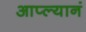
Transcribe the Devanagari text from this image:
आप्ल्यानं